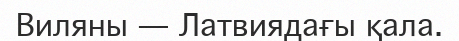
Виляны — Латвиядағы қала.